Madras plague regulations in force outside the Presidency town - Volume 1
Disease focus: Plague
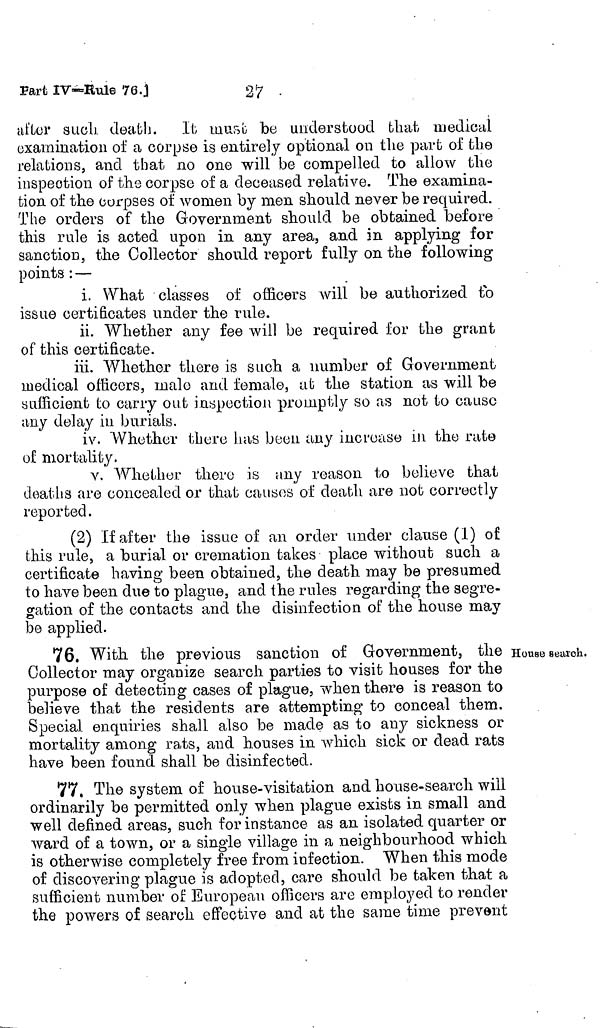
27 .
Part IV-Rule 76.j
after such death. It must be understood that medical
examination of a corpse is entirely optional on the part of the
relations, and that no one will be compelled to allow the
inspection of the corpse of a deceased relative. The examina-
tion of the corpses of women by men should never be required.
The orders of the Government should be obtained before
this rule is acted upon in any area, and in applying for
sanction, the Collector should report fully on the following
points : —
i. What classes of officers will be authorized to
issue certificates under the rule.
ii. Whether any fee will be required for the grant
of this certificate.
iii. Whether there is such a number of Government
medical officers, male and female, at the station as will be
sufficient to carry out inspection promptly so as not to cause
any delay in burials.
iv. Whether there has been any increase in the rate
of mortality.
v. Whether there is any reason to believe that
deaths are concealed or that causes of death are not correctly
reported.
(2) If after the issue of an order under clause (1) of
this rule, a burial or cremation takes place without such a
certificate having been obtained, the death may be presumed
to have been due to plague, and the rules regarding the segre-
gation of the contacts and the disinfection of the house may
be applied.
House search.
76. With the previous sanction of Government, the
Collector may organize search parties to visit houses for the
purpose of detecting cases of plague, when there is reason to
believe that the residents are attempting to conceal them.
Special enquiries shall also be made as to any sickness or
mortality among rats, and houses in which sick or dead rats
have been found shall be disinfected.
77, The system of house-visitation and house-search will
ordinarily be permitted only when plague exists in small and
well defined areas, such for instance as an isolated quarter or
ward of a town, or a single village in a neighbourhood which
is otherwise completely free from infection. When this mode
of discovering plague is adopted, care should be taken that a
sufficient number of European officers are employed to render
the powers of search effective and at the same time prevent